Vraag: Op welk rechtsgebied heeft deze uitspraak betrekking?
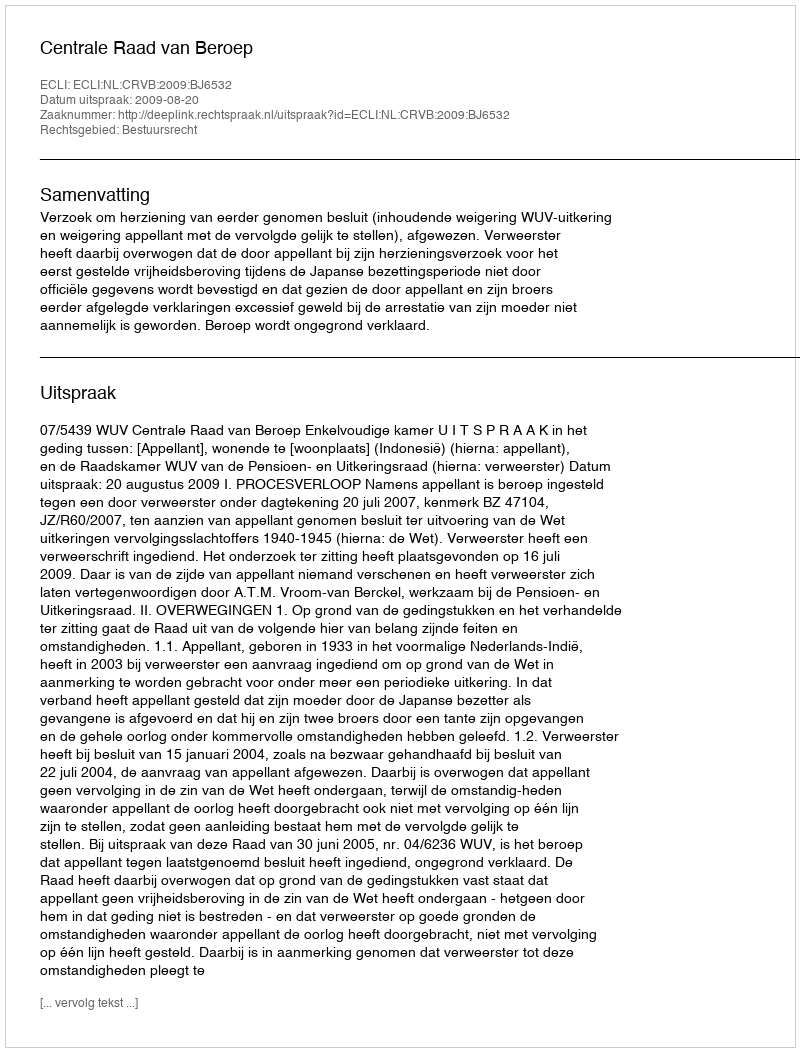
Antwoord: Bestuursrecht